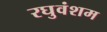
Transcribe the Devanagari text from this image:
रघुवंशम